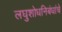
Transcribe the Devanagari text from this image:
लघुशोधनिबंधांचे